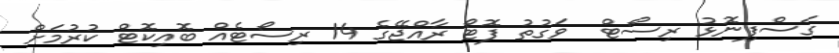
ގަސްފިނޮޅު ރިސޯޓް  ވަގުތު ފޮޓޯ ރާއްޖޭގެ 14 ރިސޯޓެއް ބޮއިކޮޓް ކުރުމަށް